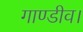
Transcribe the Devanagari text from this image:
गाण्डीव।